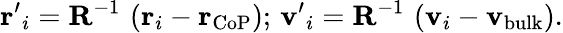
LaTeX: {\mathbf r^{\prime}}_{i}=\mathbf{R}^{-1}\, \left({\mathbf r}_{i}-{\mathbf r}_{\mathrm{CoP}}\right);\, {\mathbf v^{\prime}}_{i}=\mathbf{R}^{-1}\, \left({\mathbf v}_{i}-{\mathbf v}_{\mathrm{bulk}}\right).